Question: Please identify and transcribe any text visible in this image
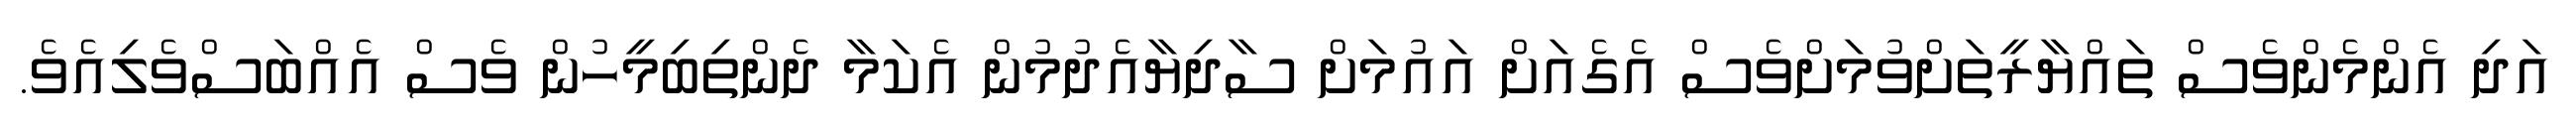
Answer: އަދި އެންމެންވެސް ތައްޔާރީތަށްވުމަށްވެސް އެގެއަށް އައުމަށް ސާދިޔާއެދުމުން އެކަމާ ދެންތިބިމީހުން ވެސް އެއްބަސްވެލިއެވެ.